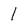
Character: 1